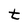
Character: t